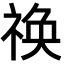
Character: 𬓋